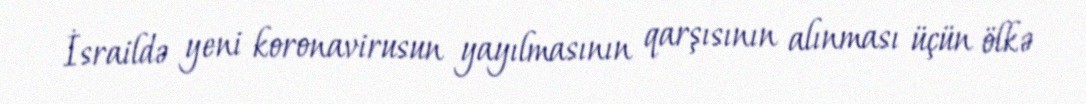
İsraildə yeni koronavirusun yayılmasının qarşısının alınması üçün ölkə